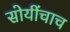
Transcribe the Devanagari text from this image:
सोयींचाच